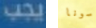
يجب سونا